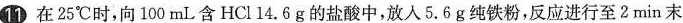
11 在25℃时，向100mL含HCl14.6g的盐酸中，放入5.6g纯铁粉，反应进行至2min末